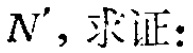
$N'$，求证：